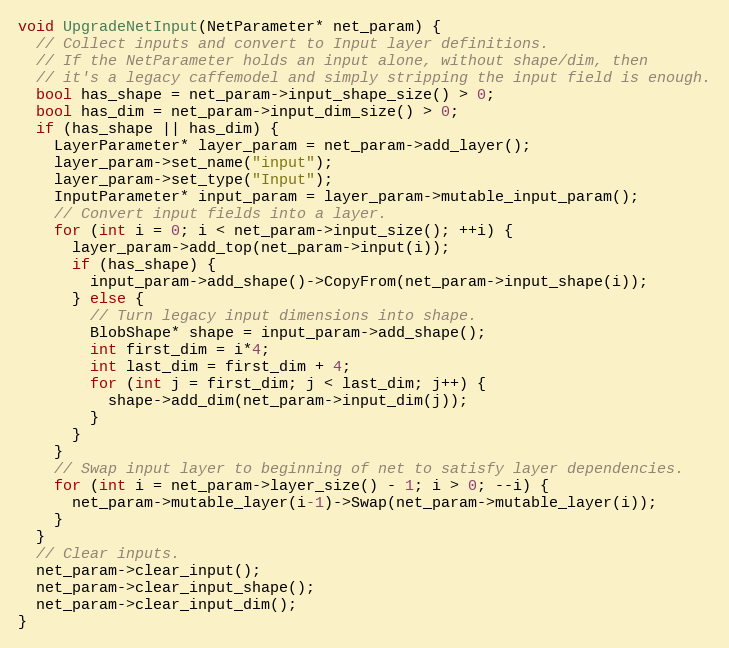
Language: C++
void UpgradeNetInput(NetParameter* net_param) {
  // Collect inputs and convert to Input layer definitions.
  // If the NetParameter holds an input alone, without shape/dim, then
  // it's a legacy caffemodel and simply stripping the input field is enough.
  bool has_shape = net_param->input_shape_size() > 0;
  bool has_dim = net_param->input_dim_size() > 0;
  if (has_shape || has_dim) {
    LayerParameter* layer_param = net_param->add_layer();
    layer_param->set_name("input");
    layer_param->set_type("Input");
    InputParameter* input_param = layer_param->mutable_input_param();
    // Convert input fields into a layer.
    for (int i = 0; i < net_param->input_size(); ++i) {
      layer_param->add_top(net_param->input(i));
      if (has_shape) {
        input_param->add_shape()->CopyFrom(net_param->input_shape(i));
      } else {
        // Turn legacy input dimensions into shape.
        BlobShape* shape = input_param->add_shape();
        int first_dim = i*4;
        int last_dim = first_dim + 4;
        for (int j = first_dim; j < last_dim; j++) {
          shape->add_dim(net_param->input_dim(j));
        }
      }
    }
    // Swap input layer to beginning of net to satisfy layer dependencies.
    for (int i = net_param->layer_size() - 1; i > 0; --i) {
      net_param->mutable_layer(i-1)->Swap(net_param->mutable_layer(i));
    }
  }
  // Clear inputs.
  net_param->clear_input();
  net_param->clear_input_shape();
  net_param->clear_input_dim();
}